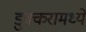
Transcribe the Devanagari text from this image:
डुक्करामध्ये